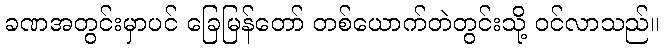
ခဏအတွင်းမှာပင် ခြေမြန်တော် တစ်ယောက်တဲတွင်းသို့ ဝင်လာသည်။